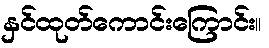
နှင်ထုတ်ကောင်းကြောင်း။